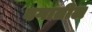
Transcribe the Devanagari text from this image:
वगातील